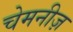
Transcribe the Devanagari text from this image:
चेमनीज़